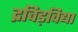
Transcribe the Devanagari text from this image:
द्रविड़विद्या